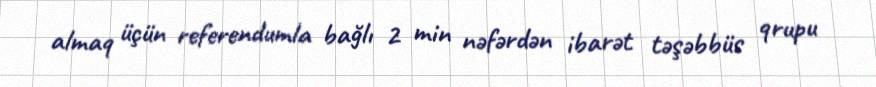
almaq üçün referendumla bağlı 2 min nəfərdən ibarət təşəbbüs qrupu